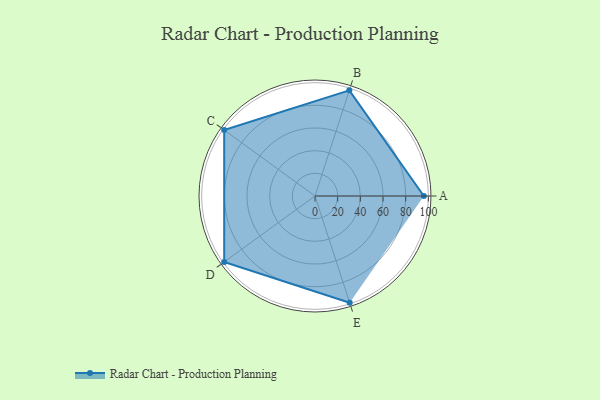
{"axis": {"x": "Skill", "y": "Score"}, "legend": ["Profile"], "data": [{"x": "A", "y": 96.0, "type": "Profile"}, {"x": "B", "y": 98.0, "type": "Profile"}, {"x": "C", "y": 99.0, "type": "Profile"}, {"x": "D", "y": 99, "type": "Profile"}, {"x": "E", "y": 99, "type": "Profile"}]}